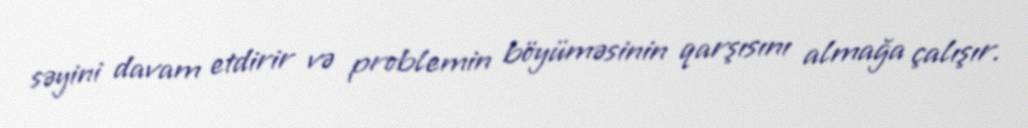
səyini davam etdirir və problemin böyüməsinin qarşısını almağa çalışır.